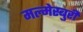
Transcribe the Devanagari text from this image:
मल्मेस्बुरी